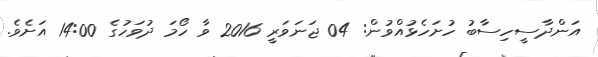
އަންދާސީހިސާބު ހުށަހެޅުއްވުން: 04 ޖަނަވަރީ 2016 ވާ ހޯމަ ދުވަހުގެ 14:00 އަށެވެ.